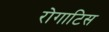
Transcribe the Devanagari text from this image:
रोगाटिस